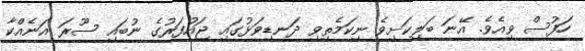
ހަފުސް ވިއެވެ. އޭނަ ބަލިކަށިވެ ނިކަމެތިވި ދަނޑިވަޅުގައި ޖައުފަރުގެ ނުބައި ސޫރަ އަނެއްކާ